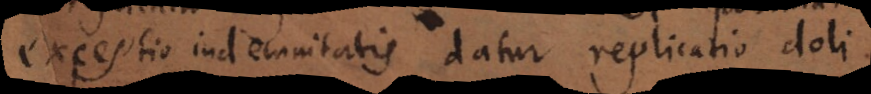
exceptio indemnitatis datur replicatio doli